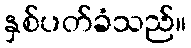
နှစ်ပတ်ခံသည်။